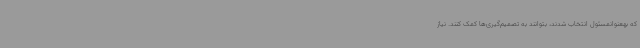
که بهعنوانمسئول انتخاب شدند، بتوانند به تصمیم‌گیری‌ها کمک کنند. نیاز